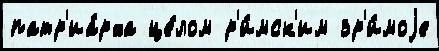
патр'иа́рха це́лом р'и́мск'им зр'и́моjе